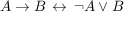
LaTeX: A \to B \, \leftrightarrow \, \neg A \lor B